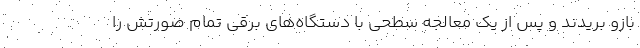
بازو بریدند و پس از یک معالجه سطحی با دستگاه‌های برقی تمام صورتش را